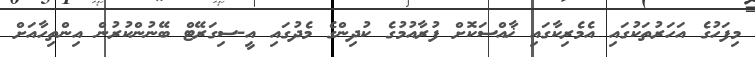
މިފަހުގެ އަހަރުތަކުގައި އެމެރިކާގައި ޚާއްސަކޮށް ފުރާއުމުގެ ކުދިންގެ މެދުގައި އީ-ސިގަރޭޓް ބޭނުންކުރުން އިންތިހާއަށް